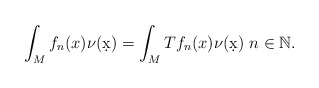
\begin{align*} \int_M f_n(x) \nu(\d x) = \int_M Tf_n(x) \nu(\d x) \ n\in\mathbb N. \end{align*}